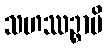
သဟဿဉ္စာပိ